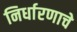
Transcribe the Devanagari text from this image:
निर्धारणाचे